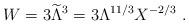
LaTeX: \begin{align*} W=3{\widetilde \Lambda}^3=3\Lambda^{11/3} X^{-2/3}~.\end{align*}